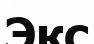
Экс